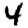
Digit: 4